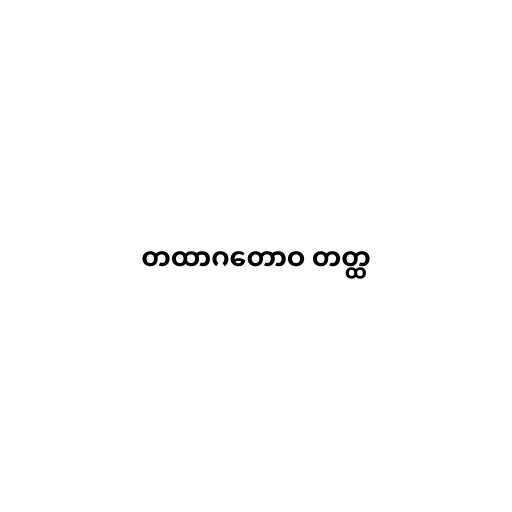
တထာဂတောဝ တတ္ထ